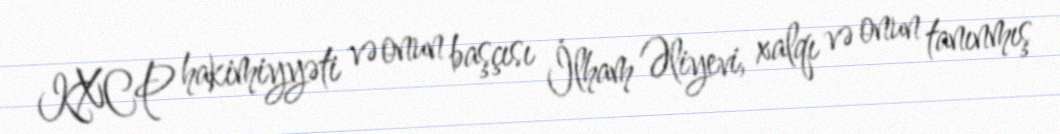
KXCP hakimiyyəti və onun başçısı İlham Əliyevi, xalqı və onun tanınmış